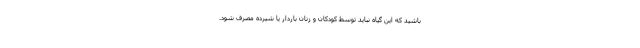
باشید که این گیاه نباید توسط کودکان و زنان باردار یا شیرده مصرف شود.